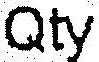
QTY